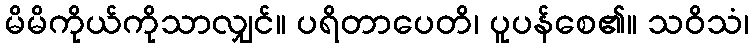
မိမိကိုယ်ကိုသာလျှင်။ ပရိတာပေတိ၊ ပူပန်စေ၏။ သဝိသံ၊